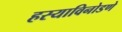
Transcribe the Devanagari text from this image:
हस्याविनोडणे